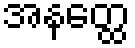
အနတ္ထေ